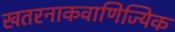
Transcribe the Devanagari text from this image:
खतरनाकवाणिज्यिक